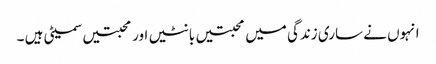
انہوں نے ساری زندگی میں محبتیں بانٹیں اور محبتیں سمیٹی ہیں ۔